Subject: physics
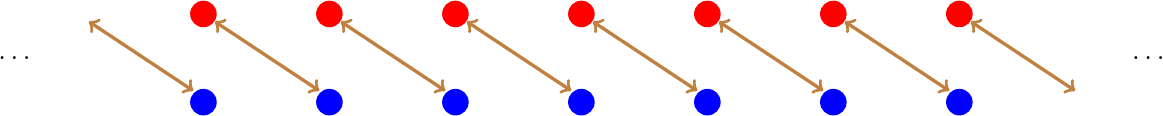
LaTeX code:
\begin{tikzpicture}
    \begin{scope}[scale=1.6,yshift=0cm]
    \foreach \x in {-3,...,3}{
    \fill[blue] (\x,0) circle [radius=3pt];
    \fill[red] (\x,0.7) circle [radius=3pt];
   \draw[<->,brown,very thick] (\x+0.92,0.09)--(\x+0.09,0.64);
    }
    \draw[<->,brown,very thick] (-4+0.92,0.09)--(-4+0.09,0.64);
     \node at (-4.5,0.35) {$\ldots$};
     \node at (4.5,0.35) {$\ldots$};
    \end{scope}
\end{tikzpicture}